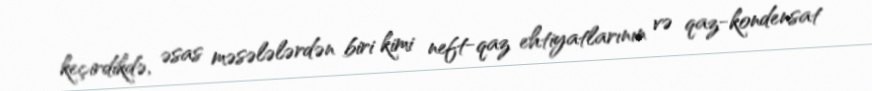
keçirdikdə, əsas məsələlərdən biri kimi neft-qaz ehtiyatlarının və qaz-kondensat